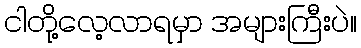
ငါတို့လေ့လာရမှာ အများကြီးပဲ။